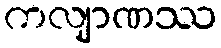
ကလျာဏဿ